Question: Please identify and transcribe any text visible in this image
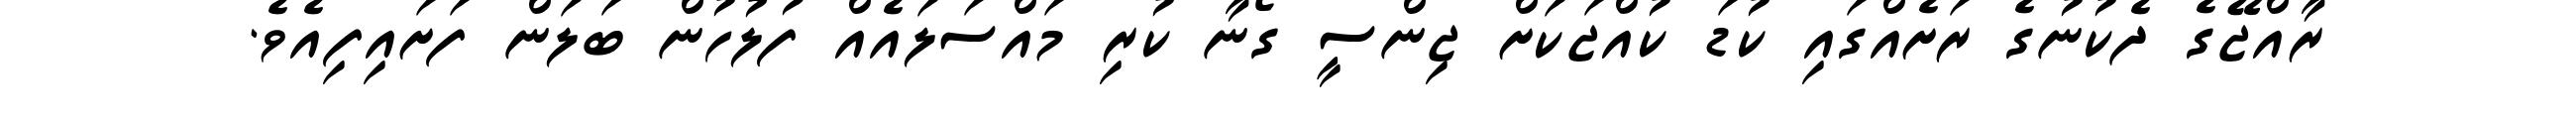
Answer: ރާއްޖޭގެ ދެކުނުގެ ރަށެއްގައި ކުޑަ ކުއްޖަކަށް ޖިންސީ ގޯނާ ކުރި މައްސަލައެއް ފުލުހުން ބަލަން ފަށައިފިއެވެ.